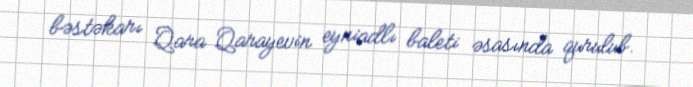
bəstəkarı Qara Qarayevin eyniadlı baleti əsasında qurulub.